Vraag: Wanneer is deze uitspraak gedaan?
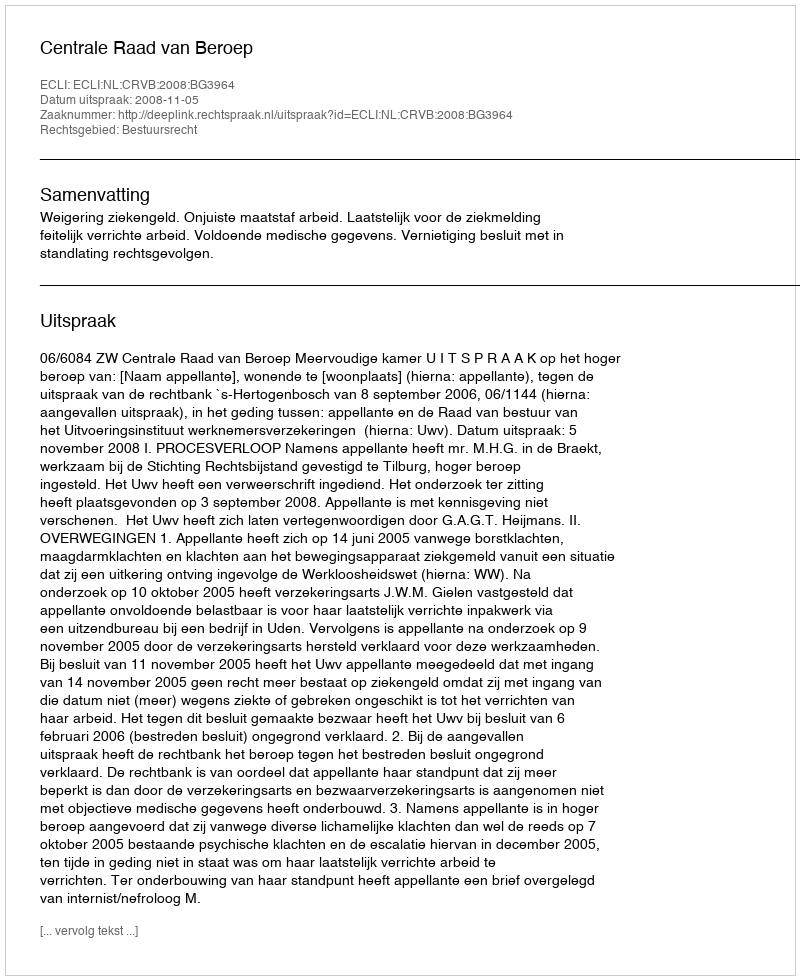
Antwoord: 2008-11-05